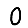
Digit: 0